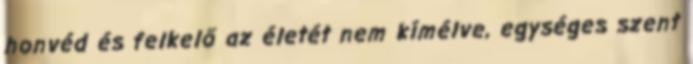
honvéd és felkelő az életét nem kímélve, egységes szent